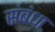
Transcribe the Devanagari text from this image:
संबंधा